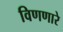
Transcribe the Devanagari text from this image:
विणणारे